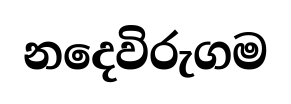
නදෙවිරුගම